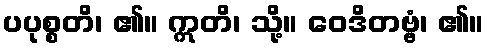
ပပုစ္စတိ၊ ၏။ ဣတိ၊ သို့။ ဝေဒိတဗ္ဗံ၊ ၏။